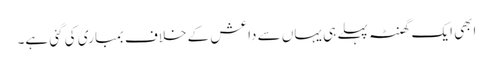
ابھی ایک گھنٹہ پہلے ہی یہاں سے داعش کے خلاف بمباری کی گئی ہے۔